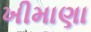
ખીમાણા